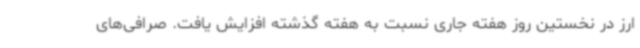
ارز در نخستین روز هفته جاری نسبت به هفته گذشته افزایش یافت. صرافی‌های